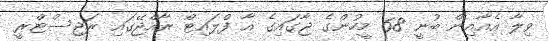
ވިލާ އެއާއިން ބުނީ 68 މީހުންގެ ޖާގައިގެ އާ ފްލައިޓް ރާއްޖޭގައި ރަޖިސްޓްރީ